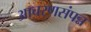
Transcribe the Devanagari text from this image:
आचरणसंपन्न